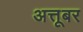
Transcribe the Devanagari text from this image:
अत्तूबर